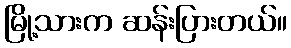
မြို့သားက ဆန်းပြားတယ်။